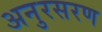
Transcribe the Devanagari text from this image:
अनुरसरण